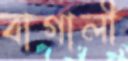
বাগালী